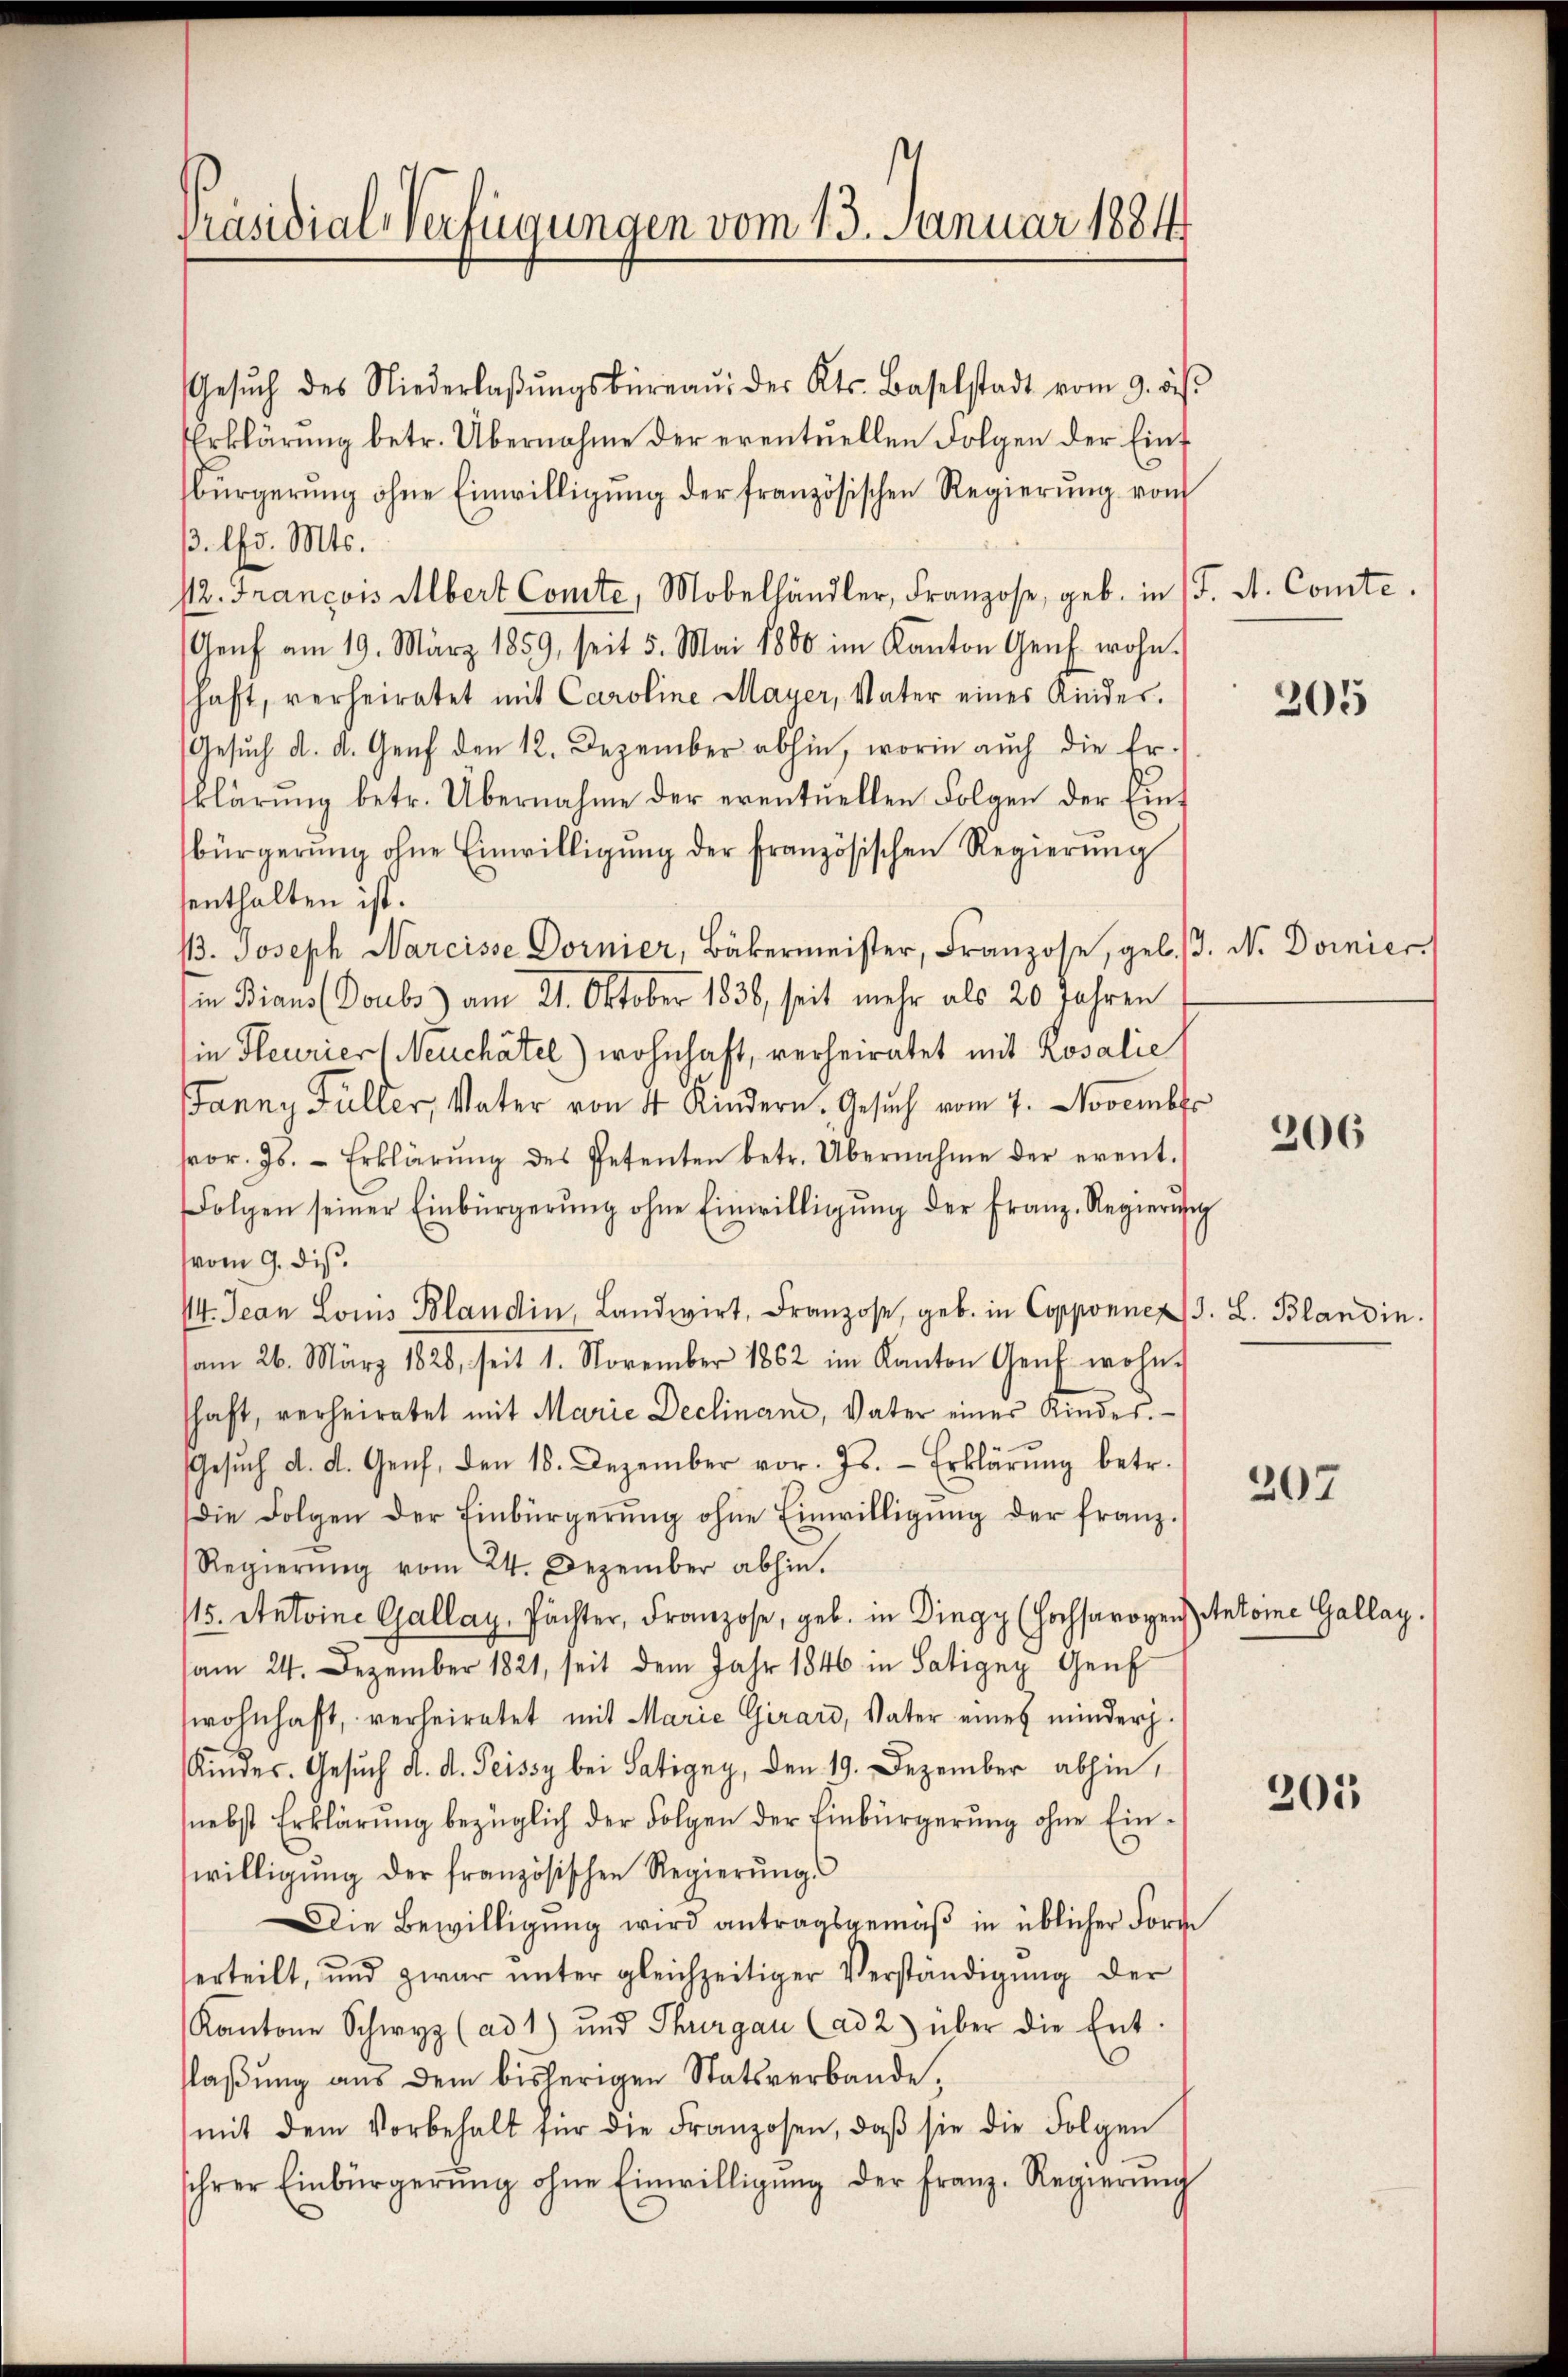
Präsidial-Verfügungen vom 13. Januar 1884

Gesŭch des Niederlaβŭngsbüreaŭ des Kts. Baselstadt vom 9. ds.
Erklärung betr. Übernahme der eventuellen Folgen der Einf
bürgerŭng ohne Einwilligŭng der französischen Regierŭng von
3. d. Mts.
/12. François Albert Comte, Mobelhändler, Franzose, geb. in J. A. Comte.
Genf am 19. März 1859, seit 5. Mai 1880 im Kanton Genf wohn.
schaft, verheiratet mit Caroline Mayer, Vater eines Kinder.
Gesuch d. d. Genf den 12. Dezember abhin, worin auch die Er-
klärŭng betr. Übernahme der eventuellen Folgen der Einf
bürgerŭng ohne Einwilligŭng der französischen Regierŭng
senthalten ist.
13. Joseph Narcisse Dornier, Bäkermeister, Franzose, geb. 3. N. Dornier
in Bians (Doubs) am 21. Oktober 1838, seit mehr als 20 Jahren
sie leurier (Neuchâtel) wohnhaft, verheiratet mit Rosalie
Janny Füller, Vater von 4 Kindern. Gesuch vom 7. November
sor. Js. Erklärŭng des Petenten betr. Übernahme der event-
Folgen seiner Einbürgerŭng ohne Einwilligŭng der Franz-Regierŭng
(vom 9. dis.
14. Jean Louis Blandin, Landwirt, Franzose, geb. in Copponner J. L. Blandin.
am 26. März 1828, seit 1. November 1862 im Kanton Genf wohn-
schaft, verheiratet mit Marie Declinan, Vater eines Kindes.
Gesŭch d. d. Genf, den 18. Dezember vor. Js. - Erklärŭng betr.
die Folgen der Einbürgerŭng ohne Einwilligŭng der franz.
Regierŭng vom 24. Dezember abhin.
115. Antoine Gallay, Pächter, Franzose, geb. in Dingy (Hochsarogen Antoine Gallay.
am 24. Dezember 1821, seit dem Jahr 1846 in Satigny Genf
wohnhaft, verheiratet mit Marie Girard, Vater eines minder¬
Kindes. Gesuch d. d. Peissy bei Satigny, den 19. Dezember abhin,
nebst Erklärung bezüglich der Folgen der Einbürgerung ohne Einwilligŭng der französischen Regierŭngs
Die Bewilligŭng wird antragsgemäβ in üblicher Forde
erteilt, und zwar ŭnter gleichzeitiger Verständigŭng der
Kantone Schwyz (ad 1) und Thurgau (ad 2) über die Ent-
flaßung aus dem bisherigen Statsverbande,
mit dem Vorbehalt für die Franzosen, daβ sie die Folgen
sihrer Einbürgerŭng ohne Einwilligŭng der Franz-Regierŭng

205

206

207

205